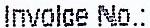
INVOICE NO.: